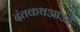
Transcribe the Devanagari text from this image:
दंतकथआओं